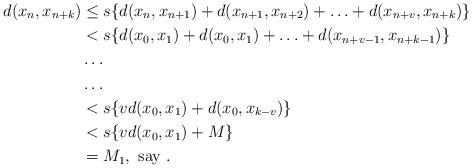
LaTeX: \begin{align*}d(x_n,x_{n+k})&\leq s\{d(x_n,x_{n+1}) + d(x_{n+1},x_{n+2}) + \hdots + d(x_{n+v},x_{n+k})\} \\& < s \{ d(x_0,x_1) + d(x_0,x_1) + \hdots + d(x_{n+v-1},x_{n+k-1})\} \\& \hdots \\& \hdots \\& < s \{ v d(x_0,x_1) + d(x_0,x_{k-v})\} \\& < s \{ v d(x_0,x_1) + M\}\\& = M_1, \mbox{ say }.\end{align*}